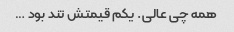
همه چی عالی. یکم قیمتش تند بود …